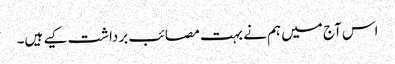
اس آج میں ہم نے بہت مصائب برداشت کیے ہیں۔